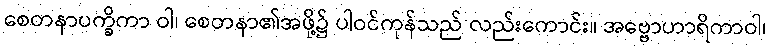
စေတနာပက္ခိကာ ဝါ၊ စေတနာ၏အဖို့၌ ပါဝင်ကုန်သည် လည်းကောင်း။ အဗ္ဗောဟာရိကာဝါ၊